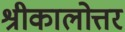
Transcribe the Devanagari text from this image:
श्रीकालोत्तर